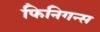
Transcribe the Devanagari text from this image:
फिनिगन्स